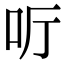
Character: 𠯸